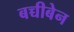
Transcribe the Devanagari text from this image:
बच्चीबेन